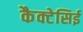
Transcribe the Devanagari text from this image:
कैक्टेसिई